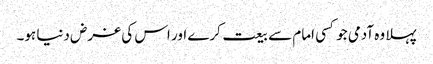
پہلا وہ آدمی جو کسی امام سے بیعت کرے اور اس کی غرض دنیا ہو۔